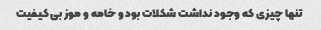
تنها چیزی که وجود نداشت شکلات بود و خامه و موز بی کیفیت